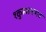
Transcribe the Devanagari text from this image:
१कुम्भलगढ